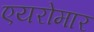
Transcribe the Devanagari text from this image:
एयरोमार